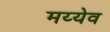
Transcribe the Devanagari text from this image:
मय्येव